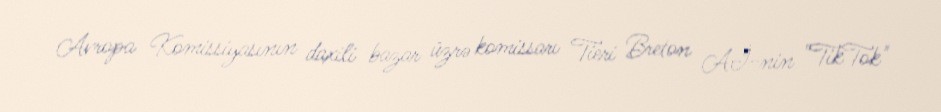
Avropa Komissiyasının daxili bazar üzrə komissarı Tieri Breton Aİ-nin "TikTok"